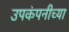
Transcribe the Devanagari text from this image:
उपकंपनीच्या